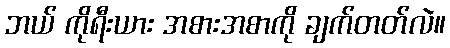
ဘယ် ကိုရီးယား အစားအစာကို ချက်တတ်လဲ။